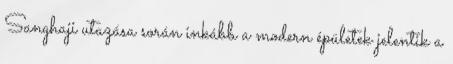
Sanghaji utazása során inkább a modern épületek jelentik a